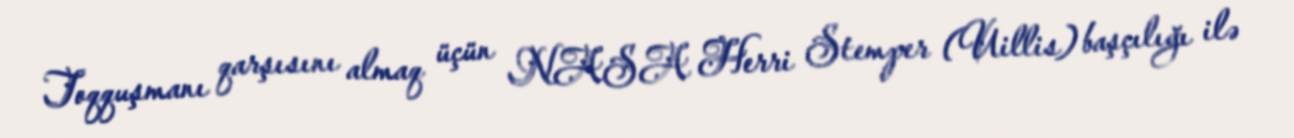
Toqquşmanı qarşısını almaq üçün NASA Herri Stemper (Uillis) başçılığı ilə